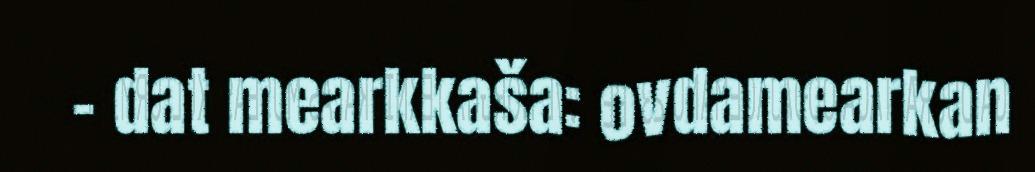
– dat mearkkaša: ovdamearkan